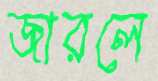
জারলে